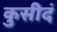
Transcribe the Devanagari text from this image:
कुसीदं